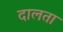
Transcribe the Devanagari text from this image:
दालता